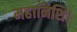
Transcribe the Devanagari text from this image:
महानिशि।